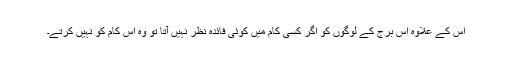
اس کے علاوہ اس برج کے لوگوں کو اگر کسی کام میں کوئی فائدہ نظر نہیں آتا تو وہ اس کام کو نہیں کرتے۔